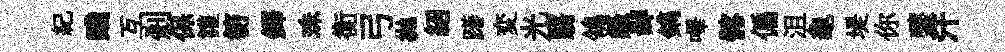
紀醆互剎保讙笏鐸珠衡弓拋紹躇変光翳鴒籬鄙鐫嗶髂偏沮龜堤你虀汗